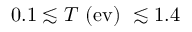
0 . 1 \lesssim T ~ ( \mathrm { { e v } ) ~ \lesssim 1 . 4 }